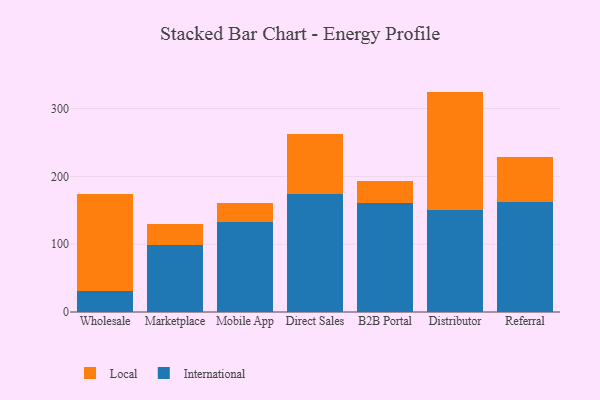
{"axis": {"x": "Channel", "y": "Humidity (%)"}, "legend": ["International", "Local"], "data": [{"x": "Wholesale", "y": 30.6, "type": "International"}, {"x": "Wholesale", "y": 143.8, "type": "Local"}, {"x": "Marketplace", "y": 98.8, "type": "International"}, {"x": "Marketplace", "y": 31.7, "type": "Local"}, {"x": "Mobile App", "y": 132.1, "type": "International"}, {"x": "Mobile App", "y": 28.1, "type": "Local"}, {"x": "Direct Sales", "y": 173.9, "type": "International"}, {"x": "Direct Sales", "y": 89.1, "type": "Local"}, {"x": "B2B Portal", "y": 160.9, "type": "International"}, {"x": "B2B Portal", "y": 32.2, "type": "Local"}, {"x": "Distributor", "y": 149.9, "type": "International"}, {"x": "Distributor", "y": 175.2, "type": "Local"}, {"x": "Referral", "y": 162.1, "type": "International"}, {"x": "Referral", "y": 67.1, "type": "Local"}]}